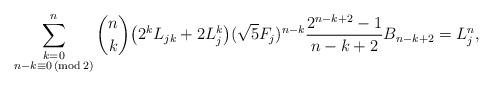
LaTeX: \begin{align*} \sum_{\substack{k=0 \\ n - k \equiv 0 \,(\mathrm {mod} \,2)}}^n \binom{n}{k} \big ( 2^k L_{jk} + 2 L_j^k \big ) (\sqrt{5} F_j)^{n-k} \frac{2^{n-k+2}-1}{n-k+2} B_{n-k+2} = L_j^n,\end{align*}